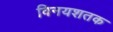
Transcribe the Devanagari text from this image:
विनयशतक